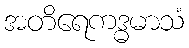
အတိရေကဒ္ဓမာသံ